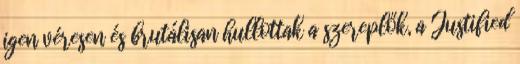
igen véresen és brutálisan hullottak a szereplők, a Justified